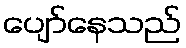
ပျော်နေသည်